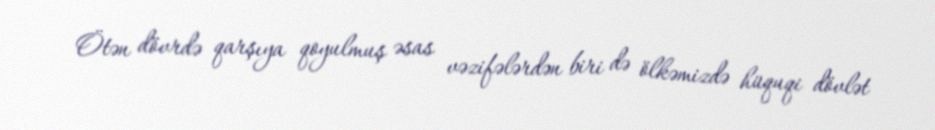
Ötən dövrdə qarşıya qoyulmuş əsas vəzifələrdən biri də ölkəmizdə hüquqi dövlət